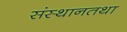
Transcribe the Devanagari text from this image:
संस्थानतथा